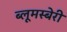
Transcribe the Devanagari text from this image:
ब्लूमस्बेरी